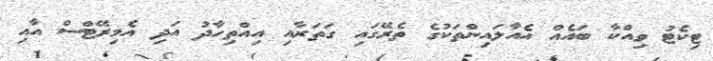
ޓިކެޓު ވިއްކާ ބައެއް އެއާލައިންތަކުގެ ތެރޭގައި ގަތަރާއި އިއްތިހާދު އަދި އެމިރޭޓްސް އާއި